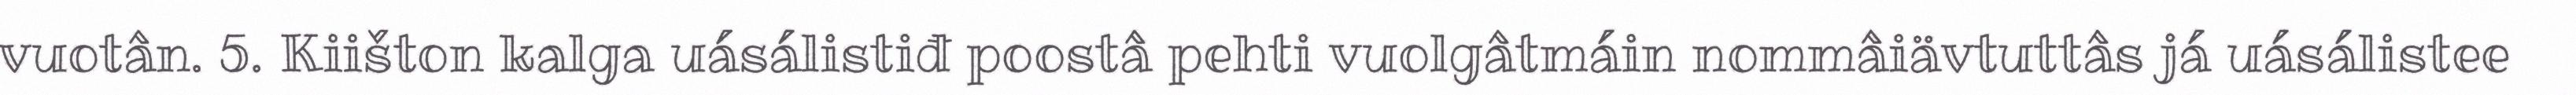
vuotân. 5. Kiišton kalga uásálistiđ poostâ pehti vuolgâtmáin nommâiävtuttâs já uásálistee